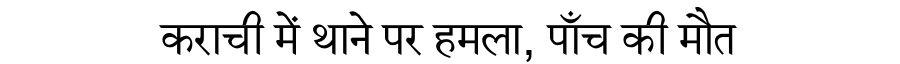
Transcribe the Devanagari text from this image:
कराची में थाने पर हमला, पाँच की मौत